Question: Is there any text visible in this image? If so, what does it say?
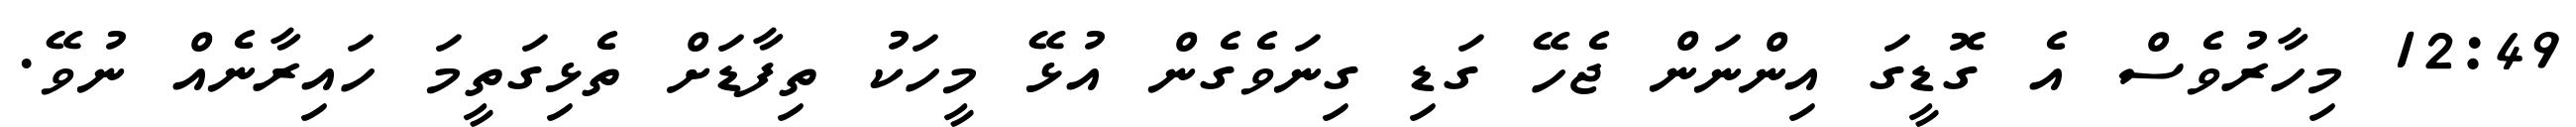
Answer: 12:49 މިހާރުވެސް އެ ގޮޑީގަ އިންނަން ޖެހޭ ގަޑި ގިނަވެގެން އުޅޭ މީހަކު ތިފާޑަށް ތެޅިގަތީމަ ހައިރާނެއް ނުވޭ.